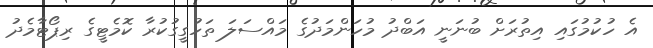
އެ ހުކުމުގައި އިތުރަށް ބުނަނީ އަބްދު މުހަންމަދުގެ މައްސަލަ ތަހުގީގުކުރާ ކޮމެޓީގެ ރިޕޯޓާމެދު